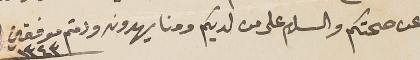
عن صحتكم والسلام على من لديكم ومنا يهدونه ودمتم موفقين